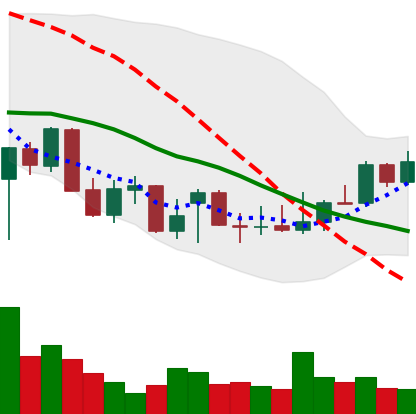
Ticker: XLM-USD
Chart end date: 2021-12-25
Forward return: -7.203%
Label: down_7plus